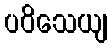
ပဝိသေယျ